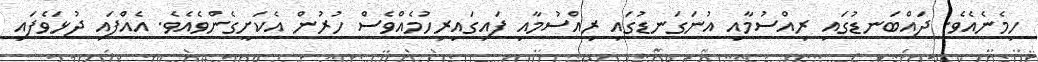
ހިމެނެއެވެ. ދައްބަނޑުގައި ރިއްސުމާއި އުނަގަނޑުގައި ރިއްސުމާއި ފައިގައިރިހުމެއްވެސް ހުރުން އެކަށީގެންވެއެވެ. އެއްފައި ދުޅަވެފައި